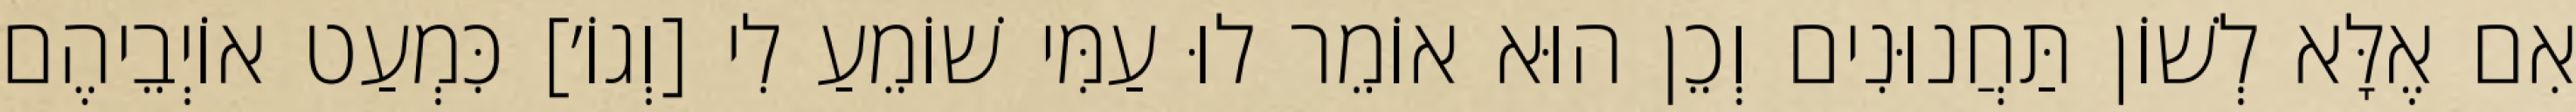
אִם אֶלָּא לְשׁוֹן תַּחֲנוּנִים וְכֵן הוּא אוֹמֵר לוּ עַמִּי שׁוֹמֵעַ לִי [וְגוֹ׳] כִּמְעַט אוֹיְבֵיהֶם